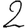
Digit: 2